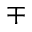
\mp